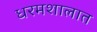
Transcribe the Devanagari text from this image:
धरमशालात